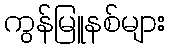
ကွန်မြူနစ်များ